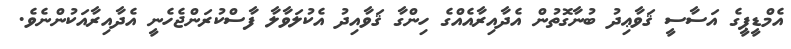
އެމްޑީޕީގެ އަސާސީ ޤަވާޢިދު ބުނާގޮތުން އެދާއިރާއެއްގެ ހިންގާ ޤަވާއިދު އެކުލަވާލާ ފާސްކުރަންޖެހެނީ އެދާއިރާއަކުންނެވެ.